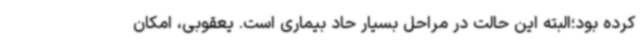
کرده بود؛البته این حالت در مراحل بسیار حاد بیماری است. یعقوبی، امکان